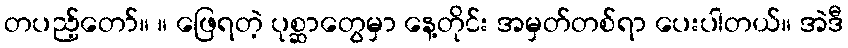
တပည့်တော်။ ။ ဖြေရတဲ့ ပုစ္ဆာတွေမှာ နေ့တိုင်း အမှတ်တစ်ရာ ပေးပါတယ်။ အဲဒီ